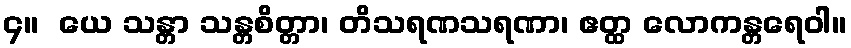
၄။  ယေ သန္တာ သန္တစိတ္တာ၊ တိသရဏသရဏာ၊ ဧတ္ထ လောကန္တရေဝါ။